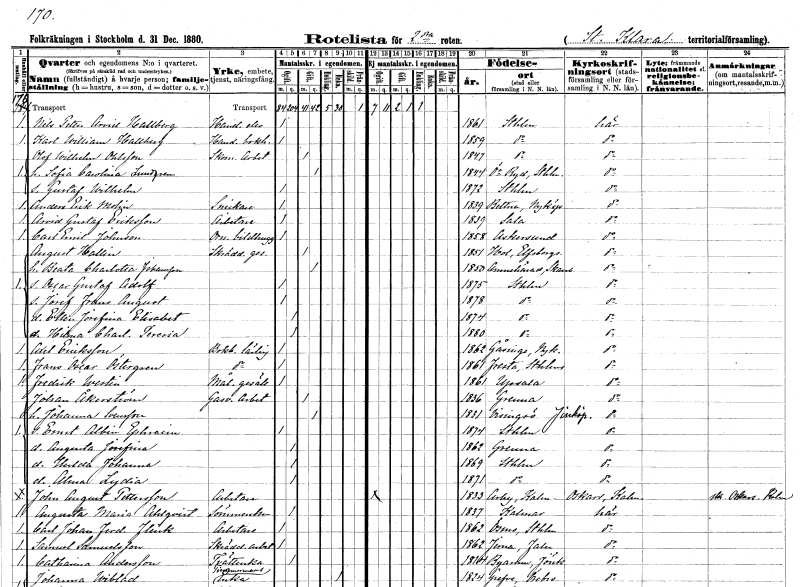
gt_parse: households: individuals: FN: Nils Petter Arvid
EN: Hallberg
YRKE: Handelselev
KON: M
CIV: O
FODAR: 1861
FODFORS: Stockholm
FN: Karl William
EN: Hallberg
YRKE: Handelsbokhållare
KON: M
CIV: O
FODAR: 1859
FODFORS: Stockholm
FN: Olof Wilhelm
EN: Ohlsson
YRKE: Skomakeriarbetare
KON: M
CIV: G
FODAR: 1847
FODFORS: Stockholm
FN: Sofia Carolina
EN: Lundgren
KON: K
CIV: G
FODAR: 1844
FODFORS: Östra Ryd Stockholms län
FN: Gustaf Wilhelm
KON: M
CIV: O
FODAR: 1872
FODFORS: Stockholm
FN: Anders Erik
EN: Molin
YRKE: Snickare
KON: M
CIV: O
FODAR: 1839
FODFORS: Bettna Södermanlands län
FN: Arvid Gustaf
EN: Eriksson
YRKE: Arbetare
KON: M
CIV: O
FODAR: 1839
FODFORS: Sala Västmanlands län
FN: Carl Emil
EN: Johnson
YRKE: Ornamentbildhuggare
KON: M
CIV: O
FODAR: 1858
FODFORS: Askersund Örebro län
FN: August
EN: Hallin
YRKE: Skräddaregesäll
KON: M
CIV: G
FODAR: 1851
FODFORS: Hol Älvsborgs län
FN: Beata Charlotta
EN: Johansson
KON: K
CIV: G
FODAR: 1850
FODFORS: Amnehärad Skaraborgs län
FN: Oscar Gustaf Adolf
KON: M
CIV: O
FODAR: 1875
FODFORS: Stockholm
FN: Josef Frans August
KON: M
CIV: O
FODAR: 1878
FODFORS: Stockholm
FN: Ellen Josefina Elisabet
KON: K
CIV: O
FODAR: 1874
FODFORS: Stockholm
FN: Hilma Charlotta Teresia
KON: K
CIV: O
FODAR: 1880
FODFORS: Stockholm
FN: Axel
EN: Ericksson
YRKE: Bokbindarelärling
KON: M
CIV: O
FODAR: 1862
FODFORS: Gåsinge Södermanlands län
FN: Frans Oscar
EN: Östergren
YRKE: Bokbindarelärling
KON: M
CIV: O
FODAR: 1861
FODFORS: Fresta Stockholms län
FN: Fredrik
EN: Westin
YRKE: Målaregesäll
KON: M
CIV: O
FODAR: 1861
FODFORS: Uppsala Uppsala län
FN: Johan
EN: Åkerström
YRKE: Gasverksarbetare
KON: M
CIV: G
FODAR: 1836
FODFORS: Gränna Jönköpings län
FN: Johanna
EN: Svensson
KON: K
CIV: G
FODAR: 1831
FODFORS: Visingsö Jönköpings län
FN: Ernst Albin Ephraim
KON: M
CIV: O
FODAR: 1874
FODFORS: Stockholm
FN: Augusta Josefina
KON: K
CIV: O
FODAR: 1862
FODFORS: Gränna Jönköpings län
FN: Hulda Johanna
KON: K
CIV: O
FODAR: 1869
FODFORS: Stockholm
FN: Alma Lydia
KON: K
CIV: O
FODAR: 1871
FODFORS: Stockholm
FN: John August
EN: Pettersson
YRKE: Arbetare
KON: M
CIV: O
FODAR: 1833
FODFORS: Arby Kalmar län
FN: Augusta Maria
EN: Ahlqvist
YRKE: Sömmerska
KON: K
CIV: O
FODAR: 1837
FODFORS: Kalmar Kalmar län